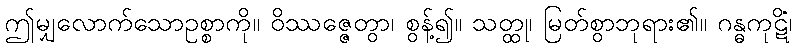
ဤမျှလောက်သောဥစ္စာကို။ ဝိဿဇ္ဇေတွာ၊ စွန့်၍။ သတ္ထု၊ မြတ်စွာဘုရား၏။ ဂန္ဓကုဋိံ၊